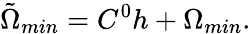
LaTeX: {\tilde{\Omega}}_{min}=C^{0}h+\Omega_{min}.